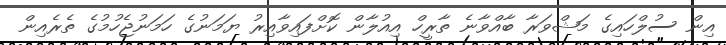
އިން ސުލްހައިގެ މަޝްވަރާ ބާއްވާނެ ތާރީހް އިއުލާން ކޮށްފައިވާއިރު ޔަމަނުގެ ހަމަނުޖެހުމުގެ ތެރެއިން